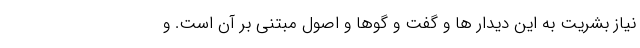
نیاز بشریت به این دیدار ها و گفت و گوها و اصول مبتنی بر آن است. و